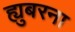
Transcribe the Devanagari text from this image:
ह्युबरना